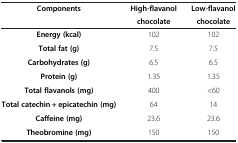
| <ROWSPAN=2> Components | High-flavanol | Low-flavanol |
 | chocolate | chocolate |
 | --- | --- | --- |
 | Energy (kcal) | 102 | 102 |
 | Total fat (g) | 7.5 | 7.5 |
 | Carbohydrates (g) | 6.5 | 6.5 |
 | Protein (g) | 1.35 | 1.35 |
 | Total flavanols (mg) | 400 | <60 |
 | Total catechin + epicatechin (mg) | 64 | 14 |
 | Caffeine (mg) | 23.6 | 23.6 |
 | Theobromine (mg) | 150 | 150 |